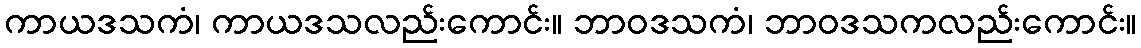
ကာယဒသကံ၊ ကာယဒသလည်းကောင်း။ ဘာဝဒသကံ၊ ဘာဝဒသကလည်းကောင်း။